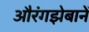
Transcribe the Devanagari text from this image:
औरंगझेबानें